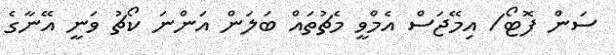
ސަން ފޮޓޯ/ އިމޭޖަސް އެމްވީ މެޗުތައް ބަލަން އަންނަ ކޯޗު ވަނީ އޭނާގެ